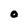
Character: O